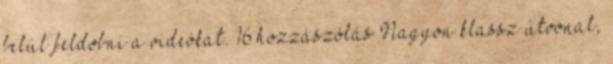
belül feldobni a videókat. 16 hozzászólás Nagyon klassz útvonal,